Peeter_Aleksander_Speek, lk 12
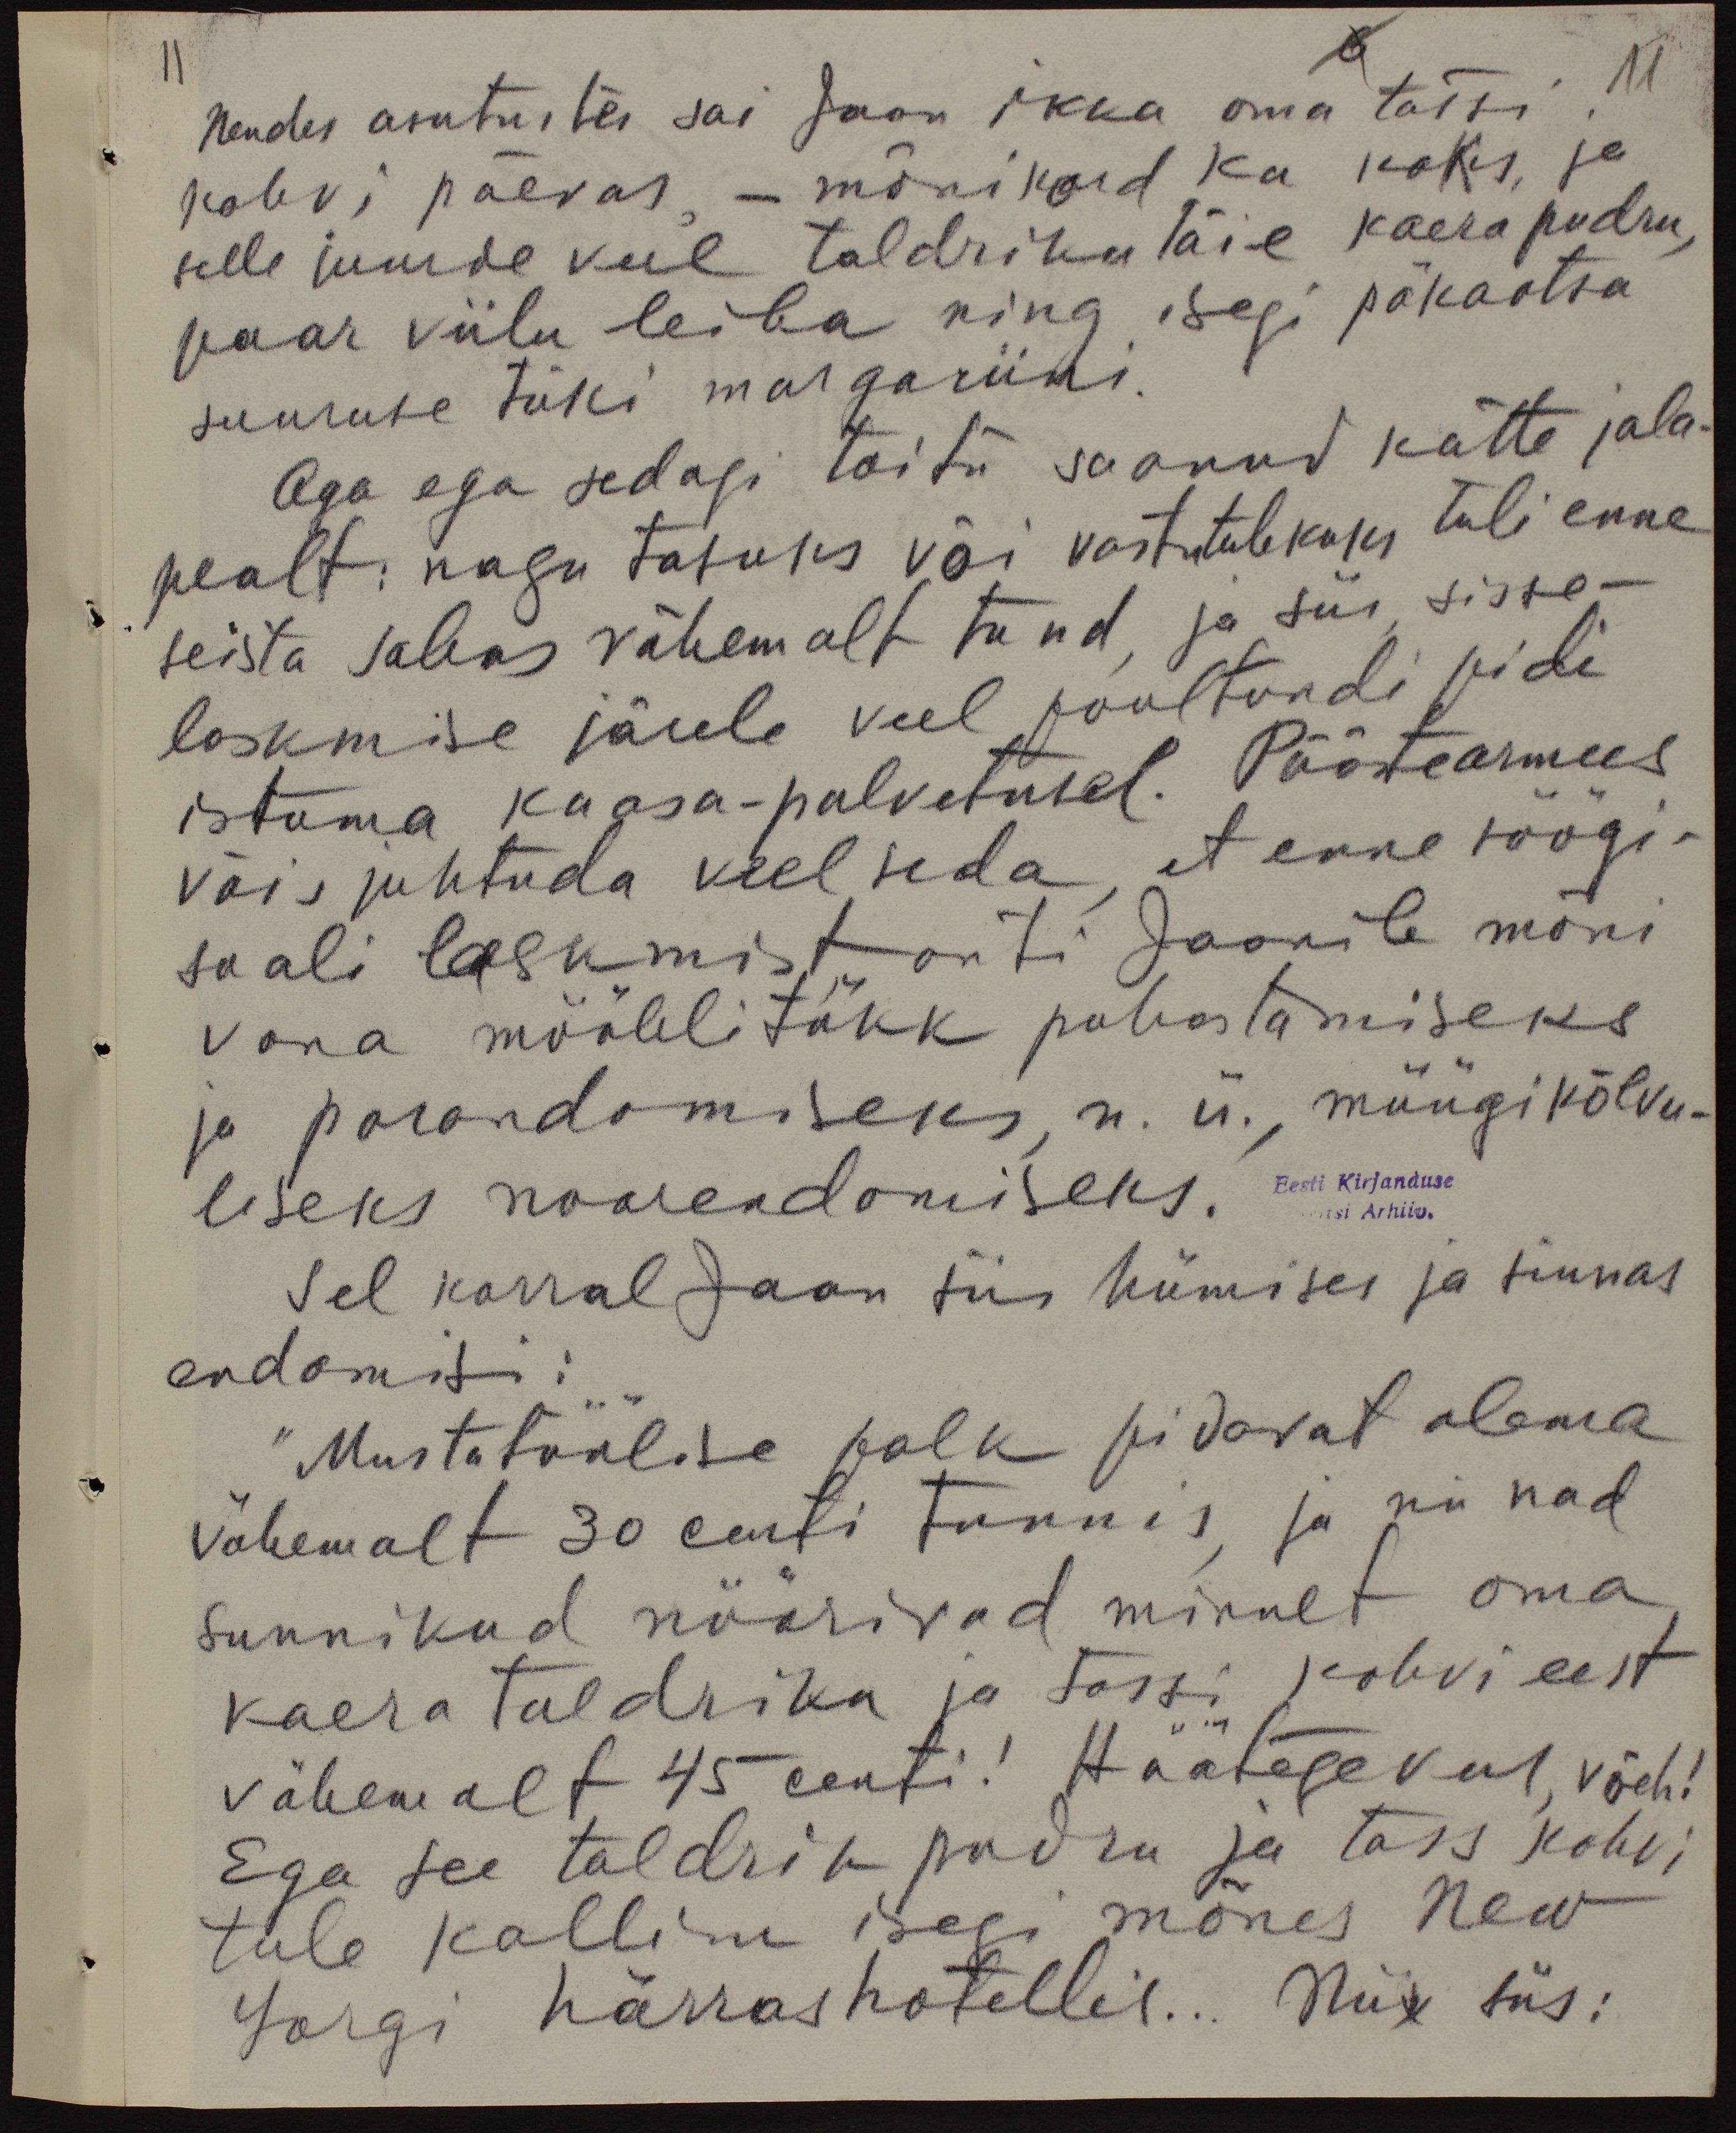
11
Nendes asutustes sai Jaan ikka oma tassi
kohvi päevas, - mõnikord ka kaks, ja
selle juurde veel taldrikutäie kaera pudru,
paar viilu leiba ning isegi päkaotsa
suuruse tüki margariini.
Aga ega sedagi toitu saanud kätte jala-
pealt: nagu tasuks või vastutulekuks tuli enne
seista sabas vähemalt tund, ja siis sisse-
laskmise järele veel pool tundi pidi
istuma kaasa-palvetusel. Päästearmees
või juhtuda veel seda, et enne söögi-
saali laskmist anti Jaanile mõni
vana mööblitükk puhastamiseks
ja parandamiseks n. ü., müügikõlvu-
liseks noorendamiseks.
Eesti Kirjanduse
si Arhiiv.
Sel korral Jaan siis hümises ja siunas
endamisi:
Mustatöölise palk pidavat olema
vähemalt 30 senti tunnis, ja nii nad
sunnikud nöörivad minult oma
kaera taldriku ja tassi kohvi eest
vähemalt 45 senti! Häätegevus, võeh!
Ega see taldrik pudru ja tass kohvi
tule kallim isegi mõnes New
Yorgi härrrashotellis... Niie siis: